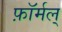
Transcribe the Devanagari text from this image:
फ़ॉर्मल्